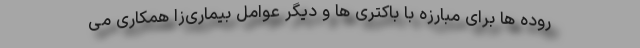
روده ها برای مبارزه با باکتری ها و دیگر عوامل بیماری‌زا همکاری می